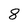
Character: 8